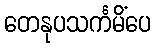
တေနုပသင်္ကမိံပေ